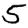
Digit: 5